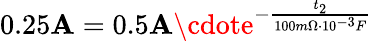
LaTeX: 0.25\mathbf{A}=0.5\mathbf{A}\cdote^{-\frac{{t_{2}}}{{100m\Omega\cdot10^{-3}F}}}